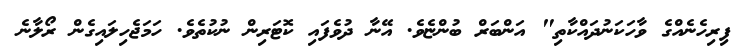
ފިރިހެނެއްގެ ވާހަކަނުދައްކާތި" އަންބަރް ބުންޏެވެ. އޭނާ ދުވެފައި ކޮޓަރިން ނުކުތެވެ. ހަމަޖެހިލައިގެން ރޯލާނެ